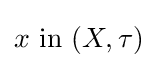
x{\text{ in }}(X,\tau )